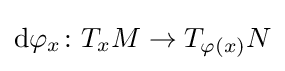
\mathrm {d} \varphi _{x}\colon T_{x}M\to T_{\varphi (x)}N